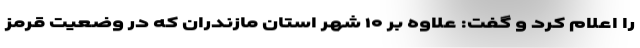
را اعلام کرد و گفت: علاوه بر ۱۰ شهر استان مازندران که در وضعیت قرمز